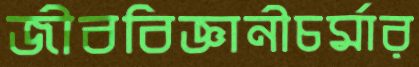
জীববিজ্ঞানীচর্মার